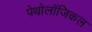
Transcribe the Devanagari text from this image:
पेथोलॉजिकल